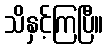
သိနှင့်ကြပြီ။